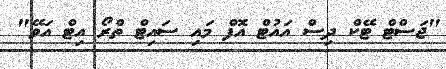
"ޖަސްޓް ޓޭކް ދިސް އައުޓް އޮފް މައި ސައިޓް ތްރޯ އިޓް އަވޭ"